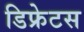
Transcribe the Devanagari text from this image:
डिफ्रेटस